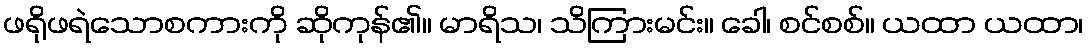
ဖရိုဖရဲသောစကားကို ဆိုကုန်၏။ မာရိသ၊ သိကြားမင်း။ ခေါ၊ စင်စစ်။ ယထာ ယထာ၊